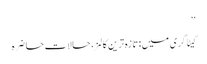
‘‘
کیٹاگری میں : تازہ ترین کالمز، حالات حاضرہ